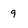
Character: 9